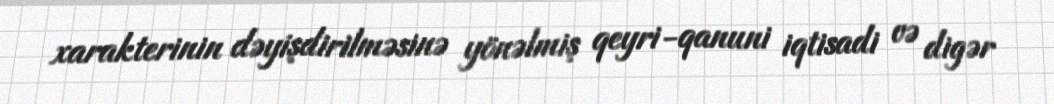
xarakterinin dəyişdirilməsinə yönəlmiş qeyri-qanuni iqtisadi və digər